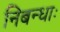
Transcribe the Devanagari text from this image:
निबन्धाः